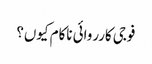
فوجی کارروائی ناکام کیوں؟